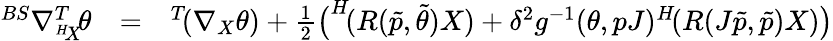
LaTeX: \begin{array}{rlr}{^{BS}\nabla_{^{H}\! X}^{T}\! \theta}&{=}&{^{T}\! (\nabla_{X}\theta)+\frac{1}{2}\big(^{H}\! (R(\tilde{p},\tilde{\theta})X)+\delta^{2}g^{-1}(\theta,pJ)^{H}\! (R(J\tilde{p},\tilde{p})X)\big)}\end{array}